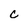
Character: c